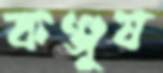
কঞ্জুষ